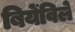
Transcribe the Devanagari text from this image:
बियेंविले